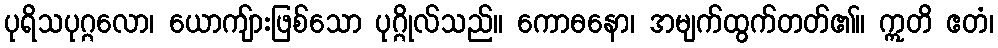
ပုရိသပုဂ္ဂလော၊ ယောကျ်ားဖြစ်သော ပုဂ္ဂိုလ်သည်။ ကောဓနော၊ အမျက်ထွက်တတ်၏။ ဣတိ ဧတံ၊